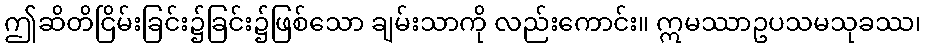
ဤဆိတိငြိမ်းခြင်း၌ခြင်း၌ဖြစ်သော ချမ်းသာကို လည်းကောင်း။ ဣမဿာဥပသမသုခဿ၊